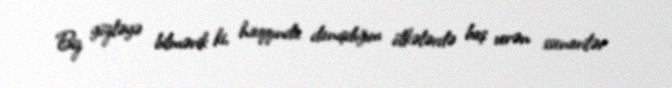
Biz gözləyə bilmərik ki, haqqında danışdığım ölkələrdə baş verən ssenarilər